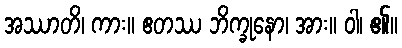
အဿာတိ၊ ကား။ ဧတဿ ဘိက္ခုနော၊ အား။ ဝါ၊ ၏။